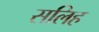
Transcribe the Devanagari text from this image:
सलिह